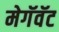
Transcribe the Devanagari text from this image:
मेगॅवॅट